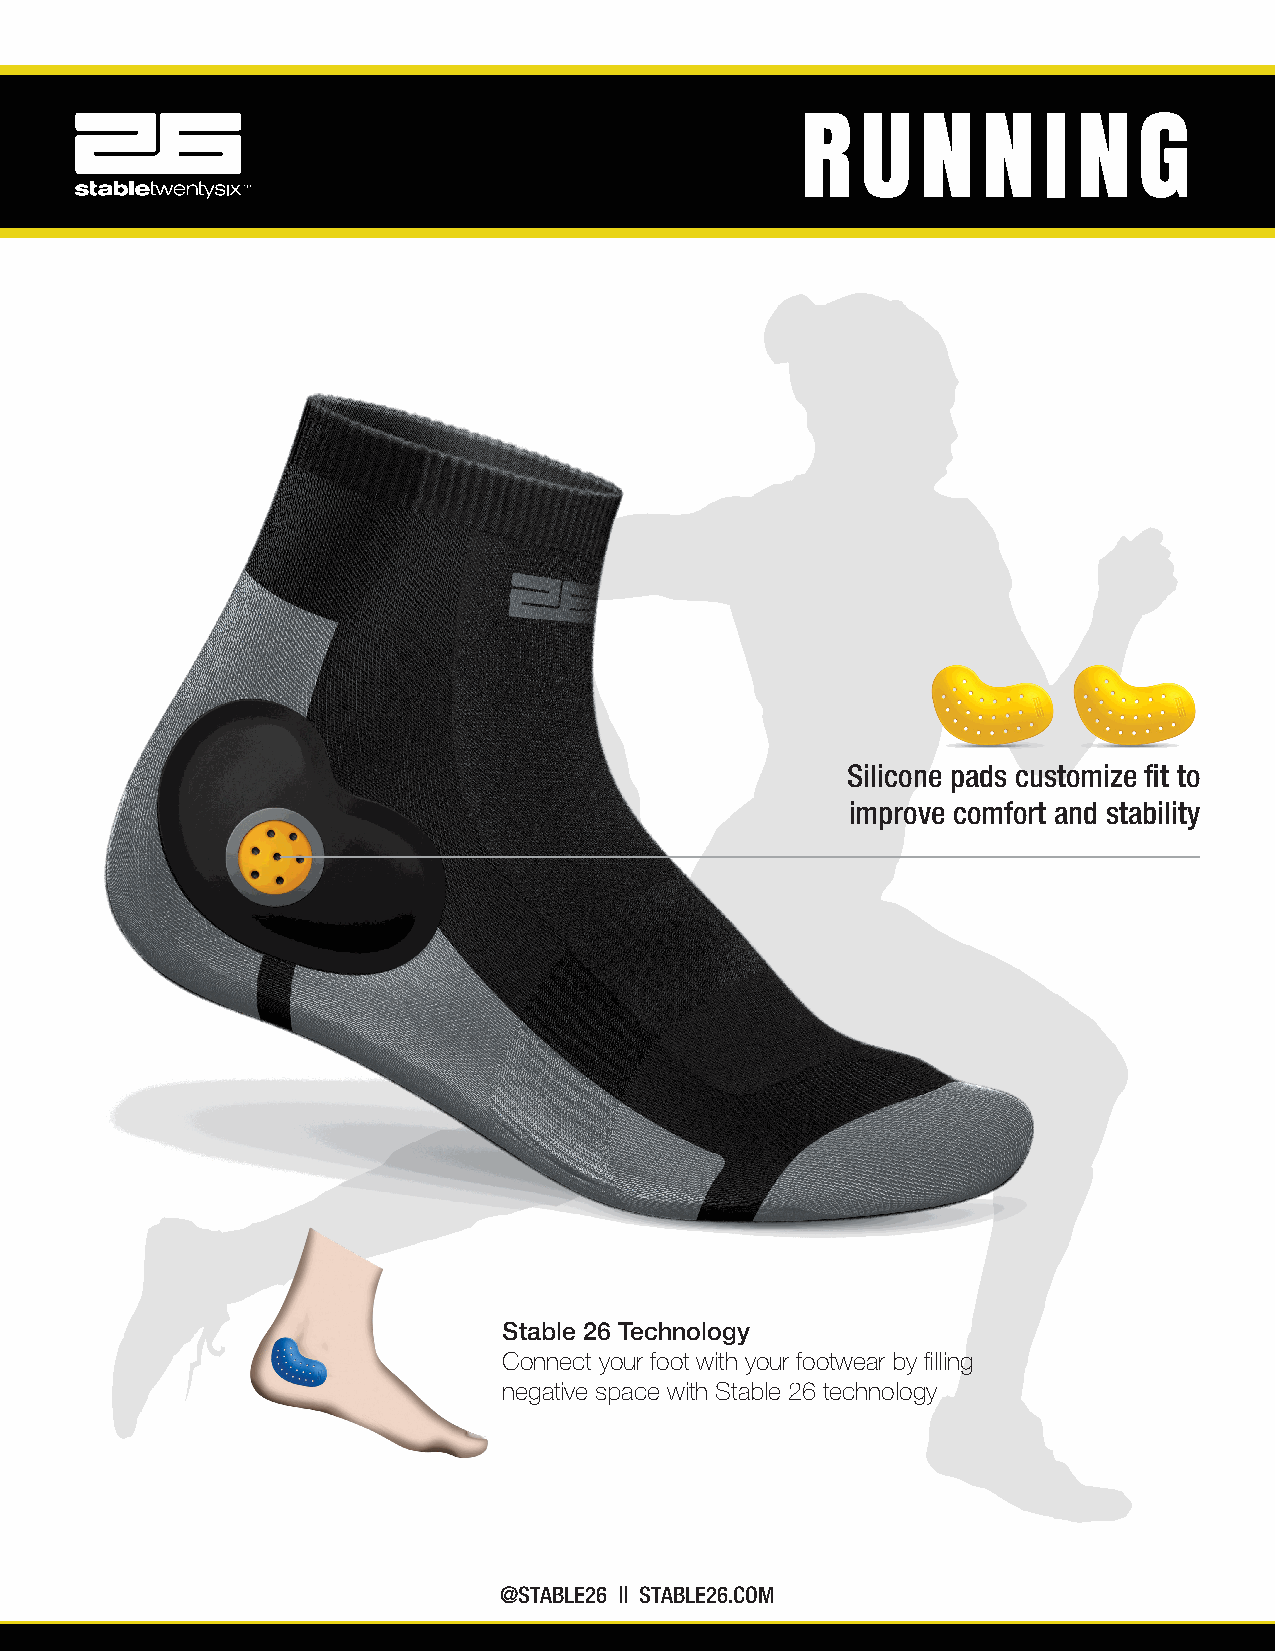
R   U   N   N   I N   G
 Silicone pads customize fit to
 improve comfort and stability
 Stable 26 Technology
 Connect your foot with your footwear by filling
 negative space with Stable 26 technology
 @STABLE26 || STABLE26.COM